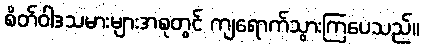
စိတ်ဝါဒသမားများအစုတွင် ကျရောက်သွားကြပေသည်။